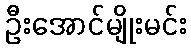
ဦးအောင်မျိုးမင်း